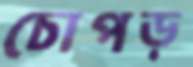
চোপড়